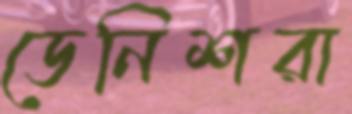
ডেনিশরা